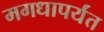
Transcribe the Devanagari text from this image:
मगधापर्यंत